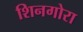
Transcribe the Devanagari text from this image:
शिनगोरा